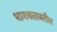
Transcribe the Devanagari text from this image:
भागवतावरील